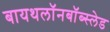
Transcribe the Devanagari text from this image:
बायथलॉनबॉब्स्लेड